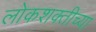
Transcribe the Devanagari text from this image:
लोकशक्तीच्या